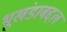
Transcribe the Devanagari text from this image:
भूखंडाबद्दल